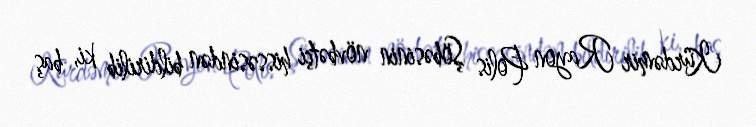
Kürdəmir Rayon Polis Şöbəsinin növbətçi hissəsindən bildirilib ki, baş